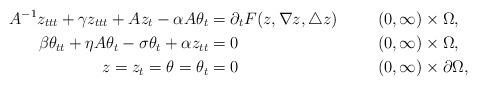
LaTeX: \begin{align*}A^{-1}z_{ttt}+\gamma z_{ttt}+Az_t - \alpha A\theta_t &= \partial_{t}F(z,\nabla z, \triangle z) && (0, \infty) \times \Omega,\\\beta \theta_{tt} + \eta A\theta_t - \sigma \theta_t + \alpha z_{tt} &= 0 && (0, \infty) \times \Omega, \\z=z_t=\theta=\theta_t &=0 && (0, \infty) \times \partial\Omega, \end{align*}